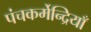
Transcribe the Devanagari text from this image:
पंचकर्मेन्द्रियाँ